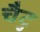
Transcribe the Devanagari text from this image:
चैटु